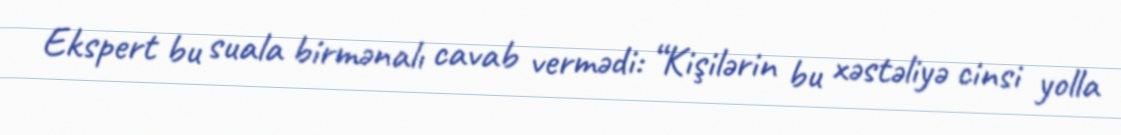
Ekspert bu suala birmənalı cavab vermədi: “Kişilərin bu xəstəliyə cinsi yolla